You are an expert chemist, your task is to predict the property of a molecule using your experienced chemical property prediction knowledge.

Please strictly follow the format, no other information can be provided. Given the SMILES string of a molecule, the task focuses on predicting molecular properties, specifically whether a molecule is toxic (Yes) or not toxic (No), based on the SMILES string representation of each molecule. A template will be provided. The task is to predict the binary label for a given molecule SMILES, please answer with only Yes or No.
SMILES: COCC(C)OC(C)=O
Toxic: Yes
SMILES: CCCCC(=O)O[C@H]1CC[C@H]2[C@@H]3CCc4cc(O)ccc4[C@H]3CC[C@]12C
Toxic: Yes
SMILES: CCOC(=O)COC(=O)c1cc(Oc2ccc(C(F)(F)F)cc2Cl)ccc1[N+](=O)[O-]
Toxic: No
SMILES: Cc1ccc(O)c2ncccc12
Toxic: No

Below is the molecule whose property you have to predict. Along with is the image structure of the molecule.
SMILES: C[C@@H]1C[C@H]2[C@@H]3C[C@H](F)C4=CC(=O)C=C[C@]4(C)[C@@]3(F)[C@@H](O)C[C@]2(C)[C@@]1(O)C(=O)CO
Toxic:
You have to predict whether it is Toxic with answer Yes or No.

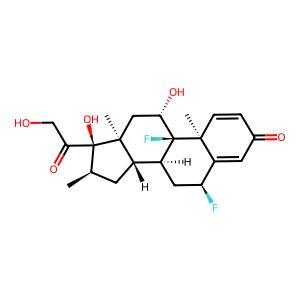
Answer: Yes